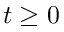
t \geq 0